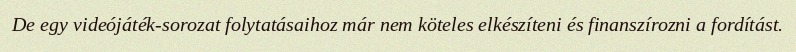
De egy videójáték-sorozat folytatásaihoz már nem köteles elkészíteni és finanszírozni a fordítást.